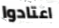
اعتادوا